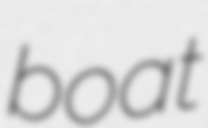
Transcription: boat